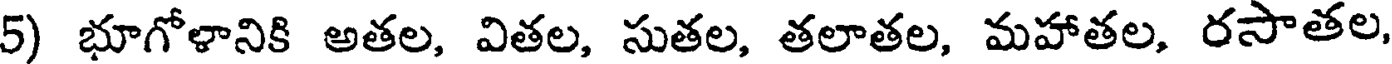
5) భూగోళానికి అతల, వితల, సుతల, తలాతల, మహాతల, రసాతల